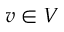
v \in V